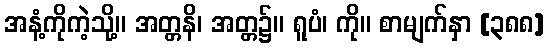
အနံ့ကိုကဲ့သို့။ အတ္တနိ၊ အတ္တ၌။ ရူပံ၊ ကို။ စာမျက်နှာ [၃၈၈]